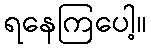
ရနေကြပေါ့။